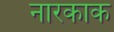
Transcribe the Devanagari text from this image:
नारकाक